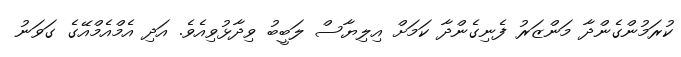
ކުރަމުންގެންދާ މަންޒަރު ފެނިގެންދާ ކަމަށް އިލިޔާސް ލަބީބު ވިދާޅުވިއެވެ. އަދި އެމްއެމްއޭގެ ގަވަނު